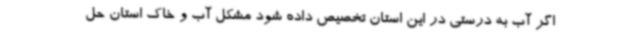
اگر آب به درستی در این استان تخصیص داده شود مشکل آب و خاک استان حل